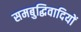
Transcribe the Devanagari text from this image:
समबुद्धिवादियों